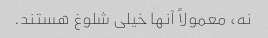
نه، معمولاً آنها خیلی شلوغ هستند.